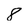
Character: 8